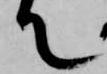
て